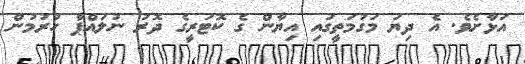
އަޅާށެވެ. އެ ދިޔަ މަގުމަތީގައި އިޔާން ގެ ކޮޓަރީގެ ދޮރު ނުލައްޕާ ހުރުމުން